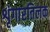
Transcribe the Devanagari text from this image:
शृंगारतिलक